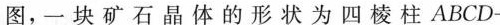
图，一块矿石晶体的形状为四棱柱ABCD-